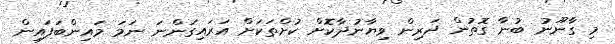
މި ގާނޫނު ބުނާ ގޮތުން ދަރިން ވިޔާނުދާކޮށް ކުށްތަކަށް އަރައިގަންނަ ނަމަ މައިންބަފައިން